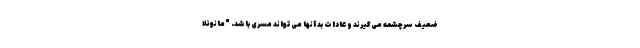
ضعیف سرچشمه می‌گیرند و عادات بد آنها می‌تواند مسری باشد. "مانوئلا